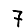
Digit: 7